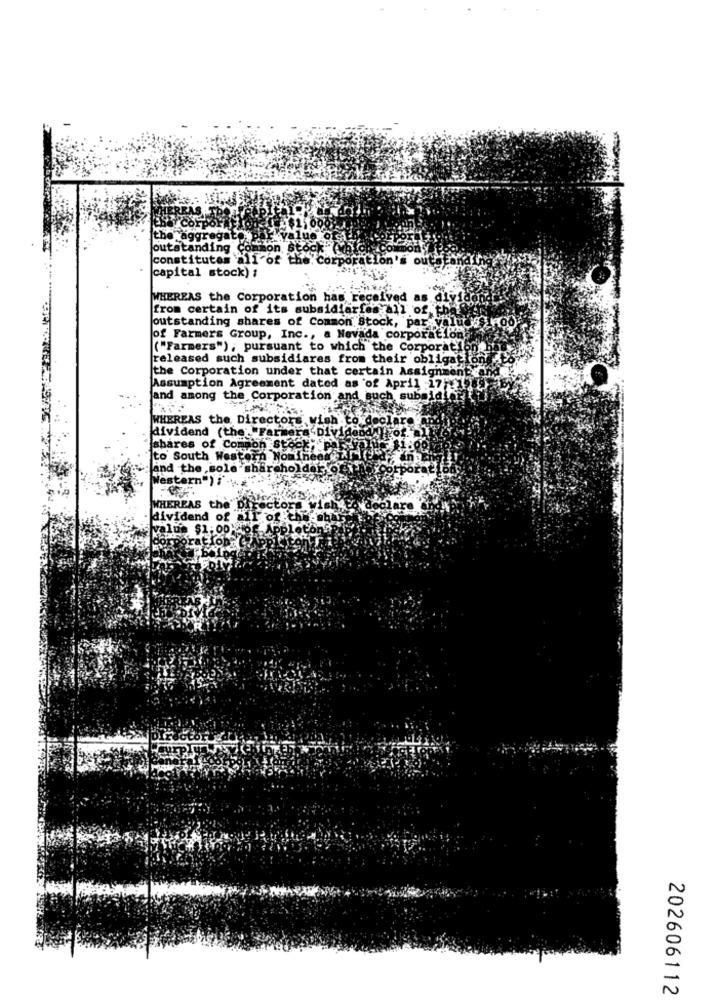
THERI
the aggrega
Joutstanding
constitutes
all'of
Lon'
capital stock) :
WHEREAS the Corporation has received as di
from certain of its subsidiaries all off
outstanding shares of Common Stock, par value's koo
of Farmers Group, Inc ., a Nevada corporation
("Farmers") , pursuant to which the Corporation
released such subsidiares from their obligations
the Corporation under that certain Assignment a
Assumption Agreement dated as of April 17"
and among the Corporation and such subsi
WHEREAS the Directors wish to declar
dividend (thet Farmera Divid
shares of Common stock, P
to South Western Nominee
and the sole shareholdaf
Western") i ...
WHEREAS the'
ors wish
dividend of
of the
value $1.00-166
202606112